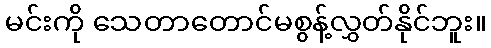
မင်းကို သေတာတောင်မစွန့်လွှတ်နိုင်ဘူး။